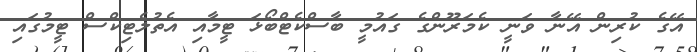
އޭގެ ކުރިން އޭނާ ވަނީ ކެމަރޫންގެ ގައުމީ ބާސްކެޓްބޯޅަ ޓީމާއި އެތުލެޓިކްސް ޓީމުގައި